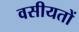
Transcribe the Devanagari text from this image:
वसीयतों